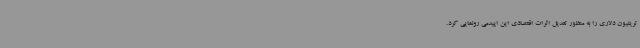
تریلیون دلاری را به منظور تعدیل اثرات اقتصادی این اپیدمی رونمایی کرد.